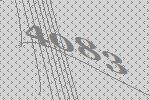
4083